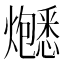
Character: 𬋚